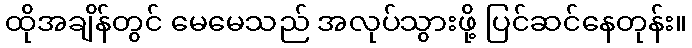
ထိုအချိန်တွင် မေမေသည် အလုပ်သွားဖို့ ပြင်ဆင်နေတုန်း။